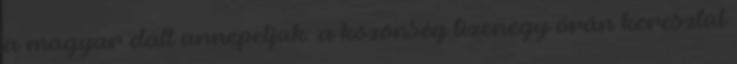
a magyar dalt ünnepeljük: a közönség tizenegy órán keresztül